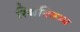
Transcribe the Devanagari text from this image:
स्थितितथ्य